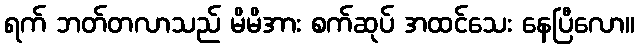
ရက် ဘတ်တလာသည် မိမိအား စက်ဆုပ် အထင်သေး နေပြီလော။